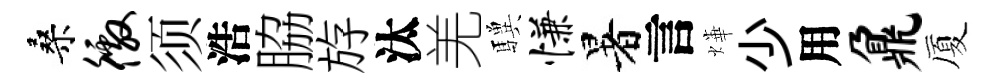
桑徼须浩脇斿汰羌驥慊暑言燁少用鼐厦